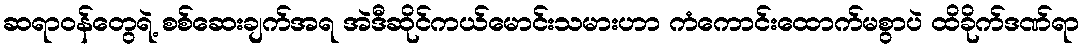
ဆရာဝန်တွေရဲ့ စစ်ဆေးချက်အရ အဲဒီဆိုင်ကယ်မောင်းသမားဟာ ကံကောင်းထောက်မစွာပဲ ထိခိုက်ဒဏ်ရာ